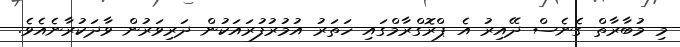
މި މުބާރާތް ގެނެސް ދޭއިރު އެ ޕްރޮގްރާމްގައި ހަތަރު އުމުރުފުރައަކުން ދަރިވަރުން ވާދަކުރާނެއެވެ.